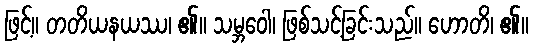
ဖြင့်။ တတိယနယဿ၊ ၏။ သမ္ဘဝေါ၊ ဖြစ်သင့်ခြင်းသည်။ ဟောတိ၊ ၏။